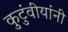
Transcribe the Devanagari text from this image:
कुटुंवीयांनी